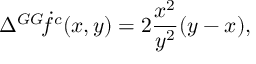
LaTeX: \Delta { ^ { G G } \! \dot { f } ^ { c } } ( x , y ) = 2 \frac { x ^ { 2 } } { y ^ { 2 } } ( y - x ) ,